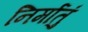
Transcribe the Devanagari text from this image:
निर्मातुं